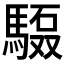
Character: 𲋺